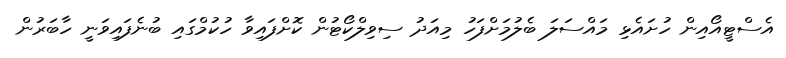
އެސްޓީއޯއިން ހުށައެޅި މައްސަލަ ބެލުމަށްފަހު މިއަދު ސިވިލްކޯޓުން ކޮށްފައިވާ ހުކުމްގައި ބުނެފައިވަނީ ހާބަރުން